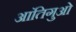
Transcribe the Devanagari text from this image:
आंतिगुओ